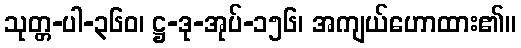
သုတ္တ-ပါ-၃၆၀၊ ဋ္ဌ-ဒု-အုပ်-၁၅၆၊ အကျယ်ဟောထား၏။